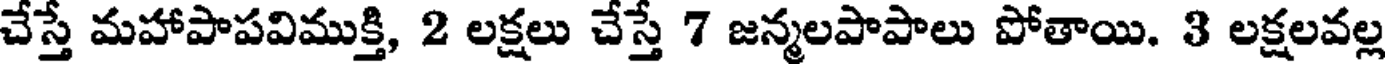
చేస్తే మహాపాపవిముక్తి, 2 లక్షలు చేస్తే 7 జన్మలపాపాలు పోతాయి. 3 లక్షలవల్ల